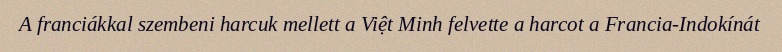
A franciákkal szembeni harcuk mellett a Việt Minh felvette a harcot a Francia-Indokínát